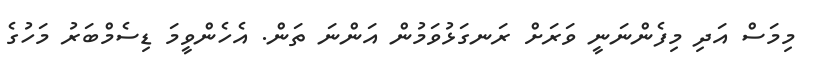
މިމަސް އަދި މިފެންނަނީ ވަރަށް ރަނގަޅުވަމުން އަންނަ ތަން. އެހެންވީމަ ޑިސެމްބަރު މަހުގެ